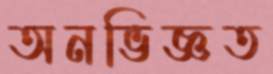
অনভিজ্ঞত